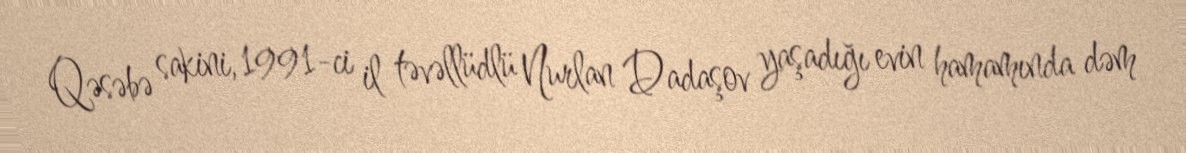
Qəsəbə sakini, 1991-ci il təvəllüdlü Nurlan Dadaşov yaşadığı evin hamamında dəm